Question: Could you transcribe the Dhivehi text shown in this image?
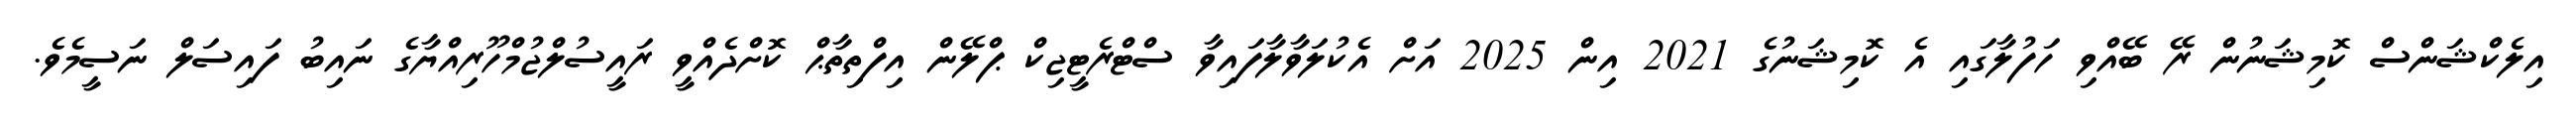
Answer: އިލެކްޝަންސް ކޮމިޝަނުން ރޭ ބޭއްވި ހަފުލާގައި އެ ކޮމިޝަނުގެ 2021 އިން 2025 އަށް އެކުލަވާލާފައިވާ ސްޓްރެޓީޖިކް ޕްލޭން އިފްތިތާޙް ކޮށްދެއްވީ ރައީސުލްޖުމްހޫރިއްޔާގެ ނައިބު ފައިސަލް ނަސީމެވެ.